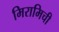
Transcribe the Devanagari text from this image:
मिरामिची